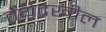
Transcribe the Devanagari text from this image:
तेथेदखील